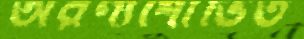
অরণ্যশোভিত